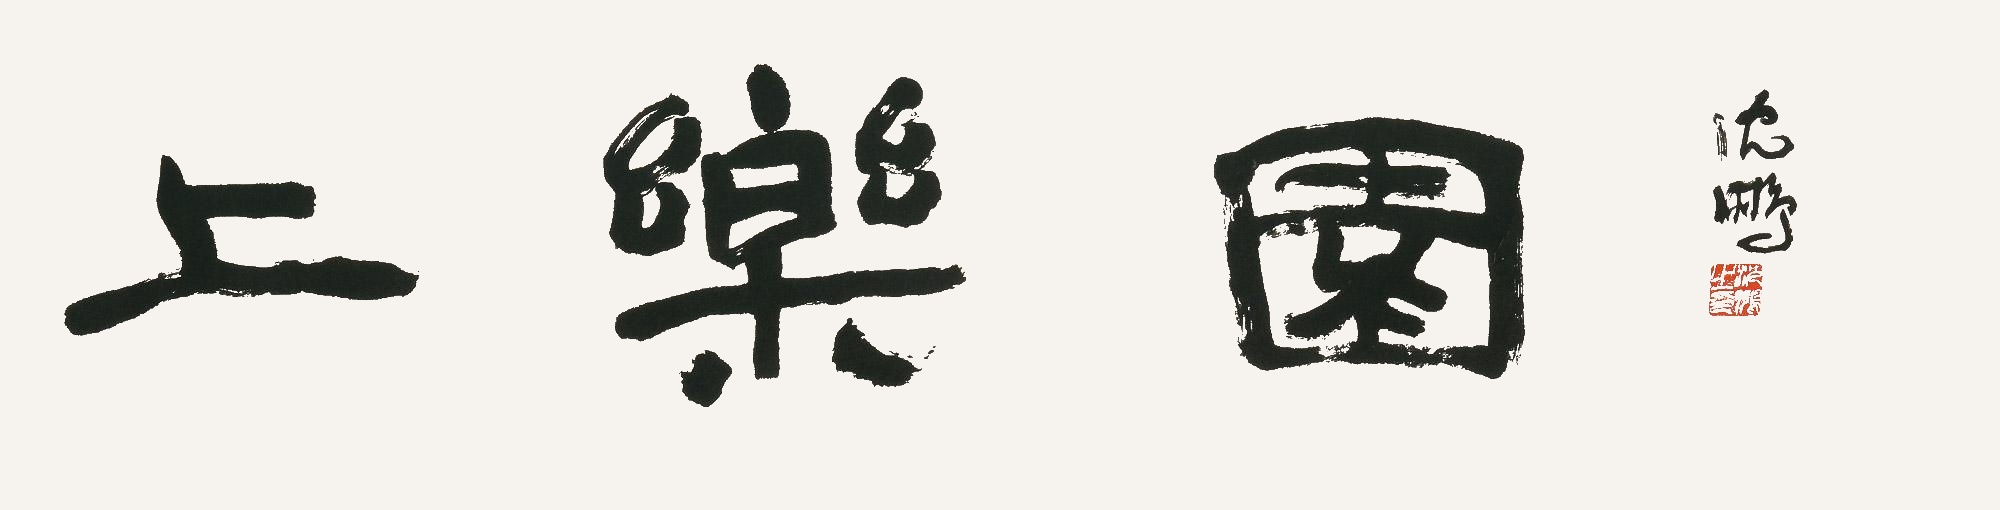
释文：上乐园沈鹏。